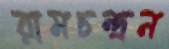
রামচন্দ্রন